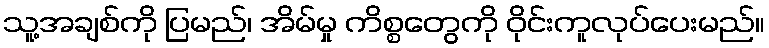
သူ့အချစ်ကို ပြမည်၊ အိမ်မှု ကိစ္စတွေကို ဝိုင်းကူလုပ်ပေးမည်။